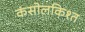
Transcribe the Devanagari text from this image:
कंसोलकिश्त